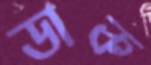
ডাক